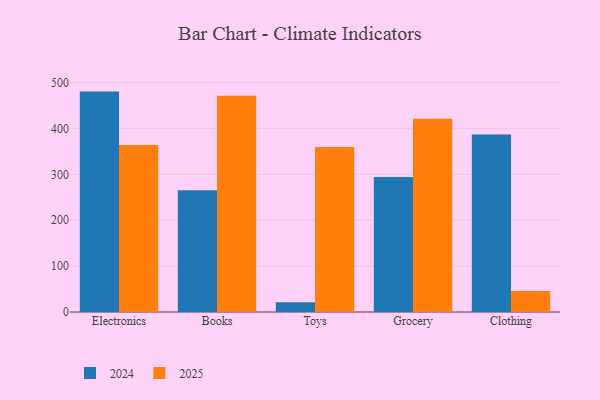
{"axis": {"x": "Category", "y": "Tickets Resolved"}, "legend": ["2024", "2025"], "data": [{"x": "Electronics", "y": 363.7, "type": "2025"}, {"x": "Electronics", "y": 480.3, "type": "2024"}, {"x": "Books", "y": 471.5, "type": "2025"}, {"x": "Books", "y": 265.1, "type": "2024"}, {"x": "Toys", "y": 359.6, "type": "2025"}, {"x": "Toys", "y": 21.2, "type": "2024"}, {"x": "Grocery", "y": 421.0, "type": "2025"}, {"x": "Grocery", "y": 294.4, "type": "2024"}, {"x": "Clothing", "y": 45.9, "type": "2025"}, {"x": "Clothing", "y": 386.8, "type": "2024"}]}